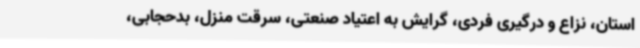
استان، نزاع و درگیری فردی، گرایش به اعتیاد صنعتی، سرقت منزل، بدحجابی،